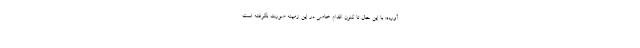
آورده: با این حال تا کنون اقدام خاصی در این زمینه صورت نگرفته است.